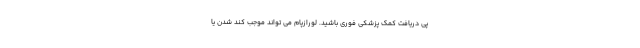
پی دریافت کمک پزشکی فوری باشید. لورازپام می تواند موجب کند شدن یا